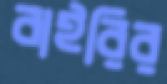
বাইরির